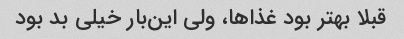
قبلا بهتر بود غذاها، ولی این‌بار خیلی بد بود